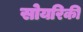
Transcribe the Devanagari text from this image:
सोयरिकी